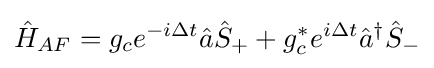
{\hat {H}}_{AF}=g_{c}e^{-i\Delta t}{\hat {a}}{\hat {S}}_{+}+g_{c}^{*}e^{i\Delta t}{\hat {a}}^{\dagger }{\hat {S}}_{-}